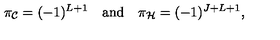
\pi _ { \cal C } = ( - 1 ) ^ { L + 1 } \quad \mathrm { a n d } \quad \pi _ { \cal H } = ( - 1 ) ^ { J + L + 1 } ,